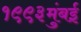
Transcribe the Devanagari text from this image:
१९९३मुंबई